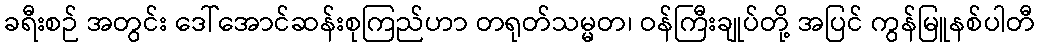
ခရီးစဉ် အတွင်း ဒေါ်အောင်ဆန်းစုကြည်ဟာ တရုတ်သမ္မတ၊ ဝန်ကြီးချုပ်တို့ အပြင် ကွန်မြူနစ်ပါတီ